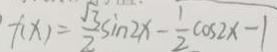
f ( x ) = \frac { \sqrt { 3 } } { 2 } \sin 2 x - \frac { 1 } { 2 } \cos 2 x - 1